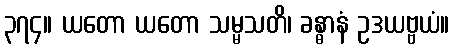
၃၇၄။ ယတော ယတော သမ္မသတိ၊ ခန္ဓာနံ ဥဒယဗ္ဗယံ။